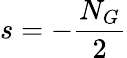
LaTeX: s=-\frac{N_{G}}{2}